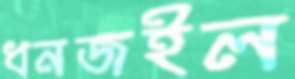
ধনজইল